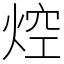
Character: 焢